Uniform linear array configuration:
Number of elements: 24
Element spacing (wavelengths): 1
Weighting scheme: hann
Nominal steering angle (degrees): -45
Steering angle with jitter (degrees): -45.773
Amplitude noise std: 0.05
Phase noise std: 0.05

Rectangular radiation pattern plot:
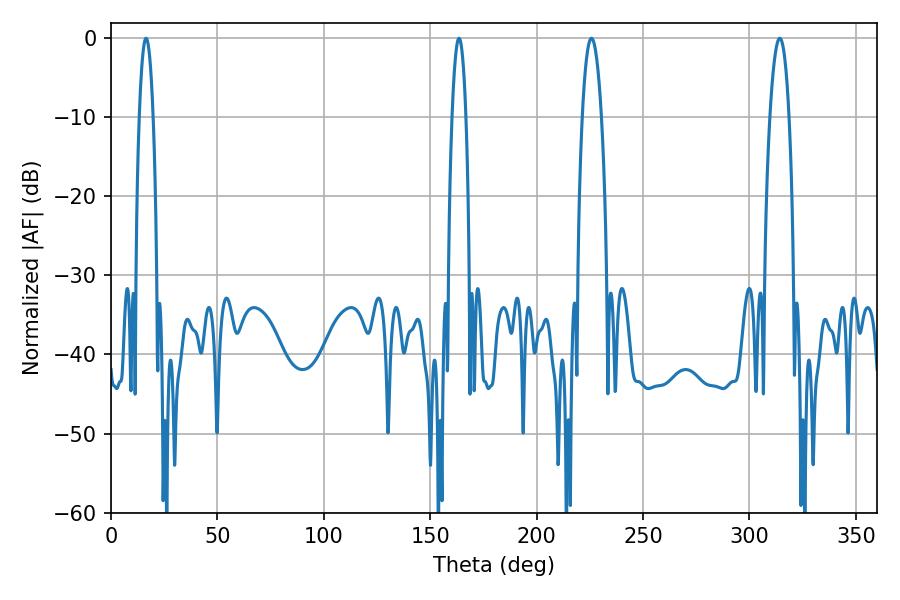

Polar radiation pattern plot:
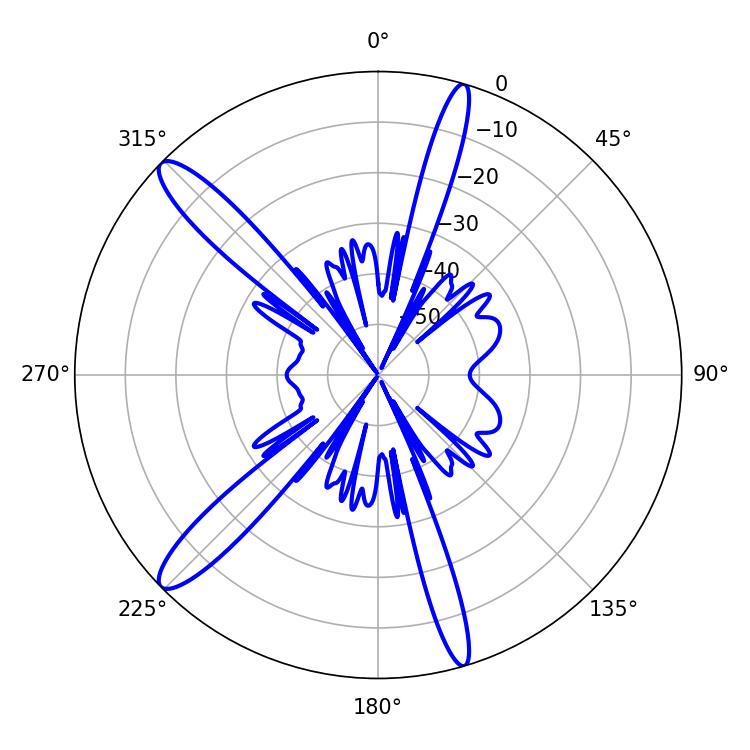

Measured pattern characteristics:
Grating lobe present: TRUE
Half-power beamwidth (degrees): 4.86
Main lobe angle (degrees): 314.28